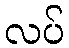
လပ်